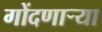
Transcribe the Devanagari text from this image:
गोंदणार्‍या